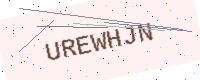
Text: UREWHJN